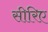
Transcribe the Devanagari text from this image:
सीरिए